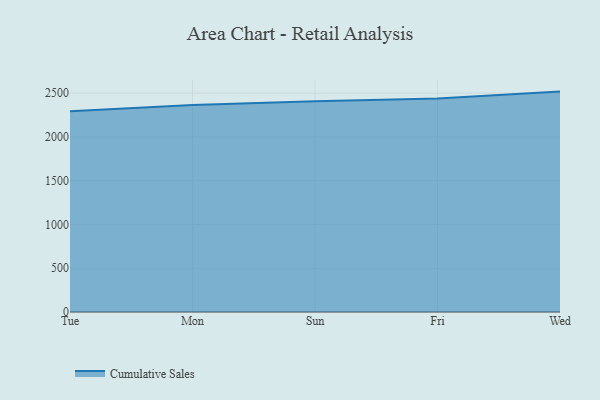
{"axis": {"x": "Day", "y": "Active Users"}, "legend": ["Cumulative Sales"], "data": [{"x": "Tue", "y": 2293.6, "type": "Cumulative Sales"}, {"x": "Mon", "y": 2364.8, "type": "Cumulative Sales"}, {"x": "Sun", "y": 2408.2, "type": "Cumulative Sales"}, {"x": "Fri", "y": 2439.1, "type": "Cumulative Sales"}, {"x": "Wed", "y": 2517.6, "type": "Cumulative Sales"}]}